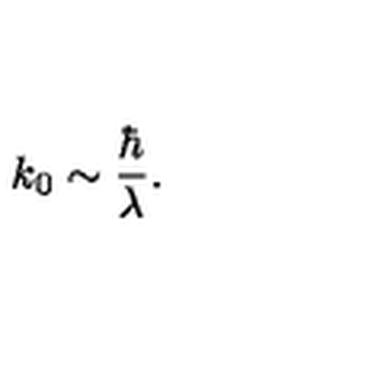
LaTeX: k _ { 0 } \sim { \frac { \hbar } { \lambda } } .